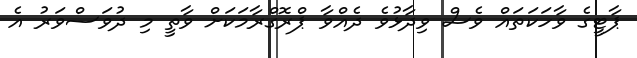
ޕާޓީގެ ވާހަކަތައް ވެސް ވިދާޅުވެ ދެއްވާ ޕްރޮގްރާމަކަށް ވާތީ މި ދުވަސްވަރު އެ